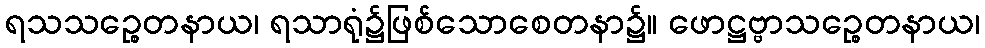
ရသသဉ္စေတနာယ၊ ရသာရုံ၌ဖြစ်သောစေတနာ၌။ ဖောဋ္ဌဗ္ဗာသဉ္စေတနာယ၊